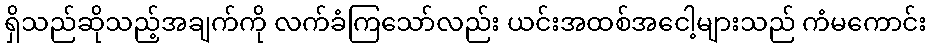
ရှိသည်ဆိုသည့်အချက်ကို လက်ခံကြသော်လည်း ယင်းအထစ်အငေါ့များသည် ကံမကောင်း